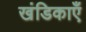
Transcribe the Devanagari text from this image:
खंडिकाएँ